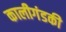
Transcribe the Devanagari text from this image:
कालीगंडकी